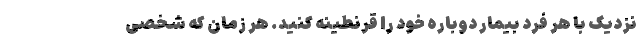
نزدیک با هر فرد بیمار دوباره خود را قرنطینه کنید. هر زمان که شخصی